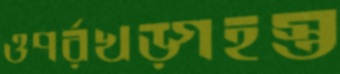
ওপর্রখড়্গহস্ত